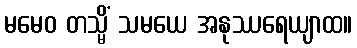
မမေဝ တသ္မိံ သမယေ အနုဿရေယျာထ။